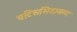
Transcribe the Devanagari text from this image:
पटिसभिदामग्ग